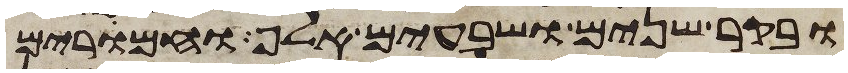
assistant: ובקר שנים ושבעים אלף וחמרים